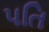
પતિ